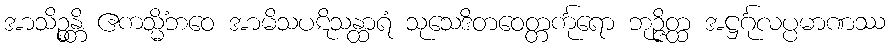
အာသိဉ္စန္တိ ဧကသ္မိံဘဝေ အာမိသပဋိသန္ထာရံ သုသေဒိတဝေတ္တင်္ကုရော ဘုဉ္ဇိတ္ထ အဋ္ဌင်္ဂုလပ္ပမာဏဿ